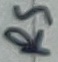
Text: RS